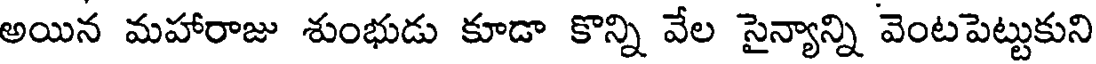
అయిన మహారాజు శుంభుడు కూడా కొన్ని వేల సైన్యాన్ని వెంటపెట్టుకుని